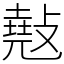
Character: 𢿣